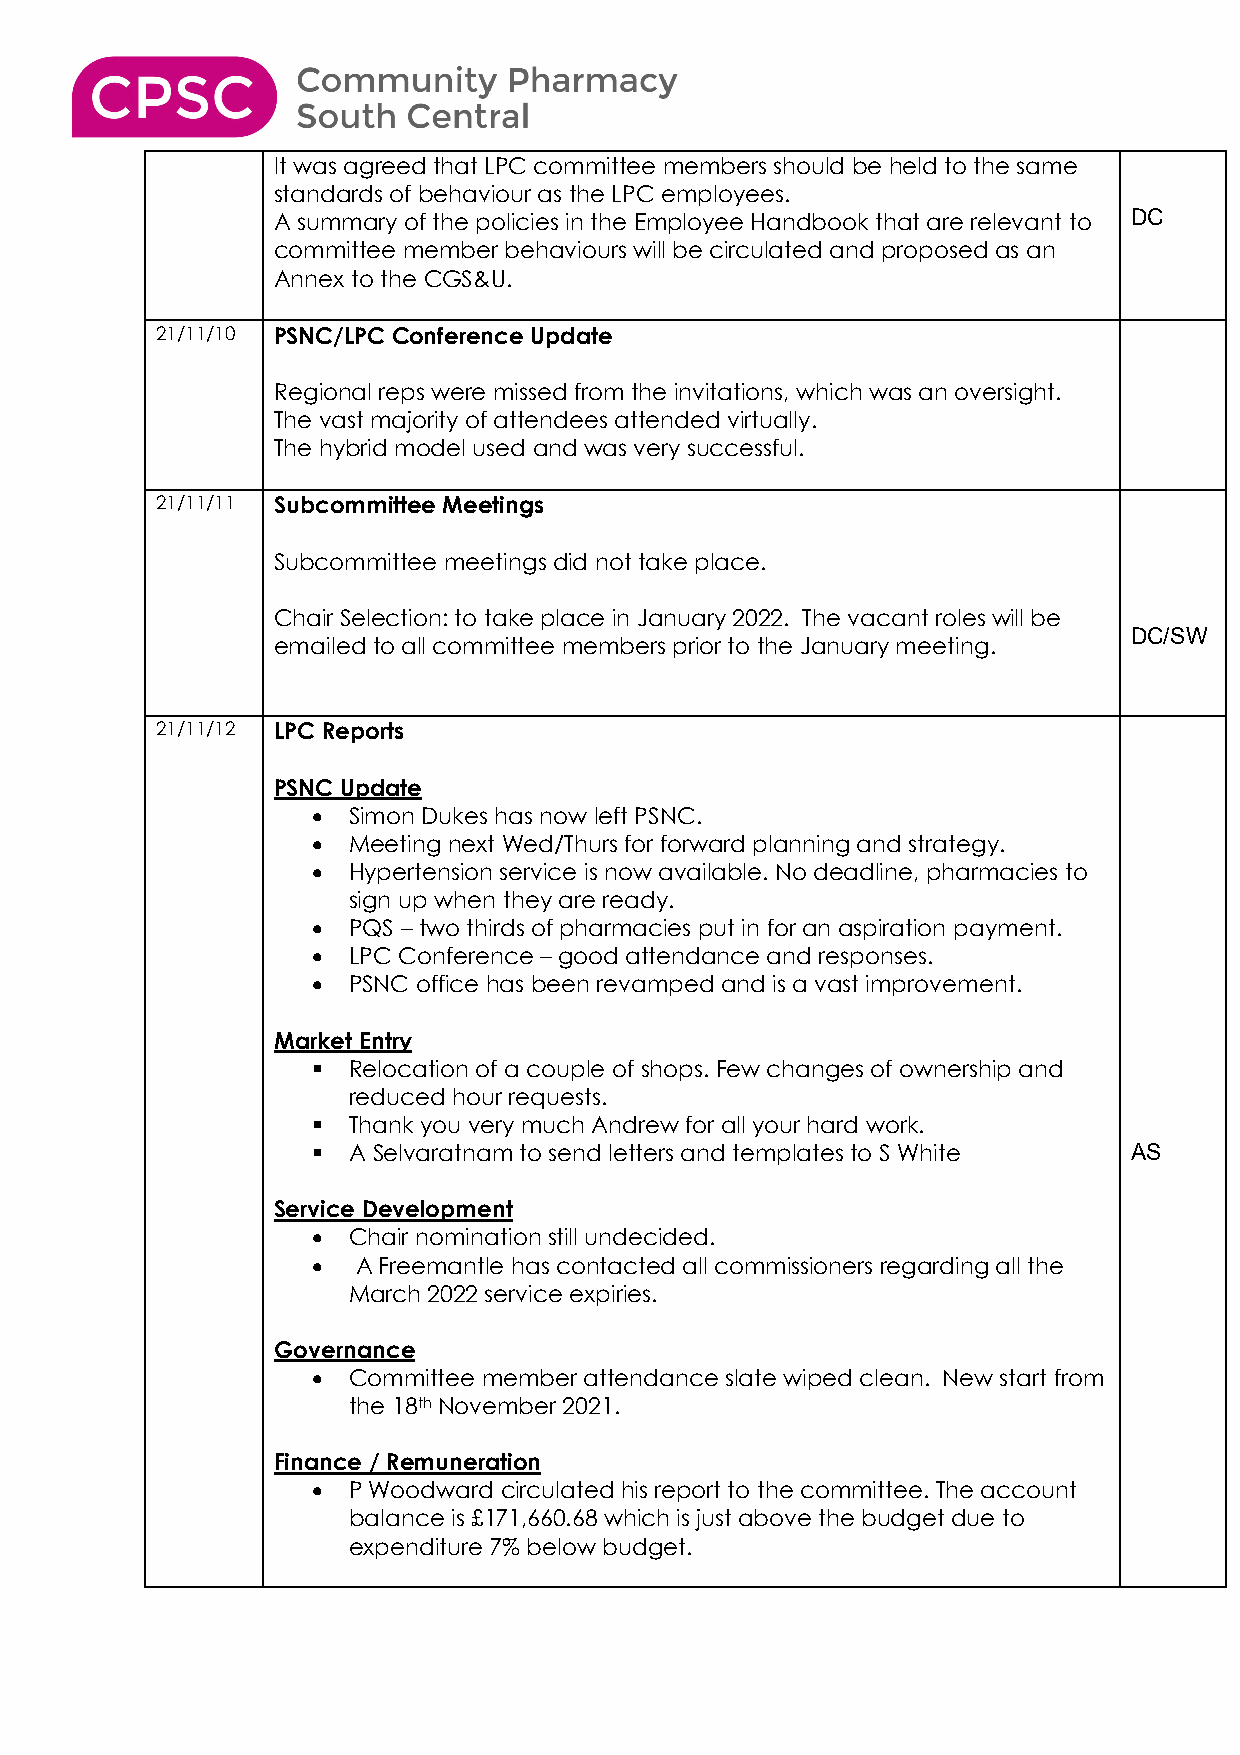
It was agreed that LPC committee members should be held to the same
 standards of behaviour as the LPC employees.
 A summary of the policies in the Employee Handbook that are relevant to DC
 committee member behaviours will be circulated and proposed as an
 Annex to the CGS&U.
 21/11/10 PSNC/LPC Conference Update
 Regional reps were missed from the invitations, which was an oversight.
 The vast majority of attendees attended virtually.
 The hybrid model used and was very successful.
 21/11/11 Subcommittee Meetings
 Subcommittee meetings did not take place.
 Chair Selection: to take place in January 2022. The vacant roles will be
 DC/SW
 emailed to all committee members prior to the January meeting.
 21/11/12 LPC Reports
 PSNC Update
 • Simon Dukes has now left PSNC.
 • Meeting next Wed/Thurs for forward planning and strategy.
 • Hypertension service is now available. No deadline, pharmacies to
 sign up when they are ready.
 • PQS – two thirds of pharmacies put in for an aspiration payment.
 • LPC Conference – good attendance and responses.
 • PSNC office has been revamped and is a vast improvement.
 Market Entry
  Relocation of a couple of shops. Few changes of ownership and
 reduced hour requests.
  Thank you very much Andrew for all your hard work.
  A Selvaratnam to send letters and templates to S White AS
 Service Development
 • Chair nomination still undecided.
 •  A Freemantle has contacted all commissioners regarding all the
 March 2022 service expiries.
 Governance
 • Committee member attendance slate wiped clean. New start from
 the 18th November 2021.
 Finance / Remuneration
 • P Woodward circulated his report to the committee. The account
 balance is £171,660.68 which is just above the budget due to
 expenditure 7% below budget.